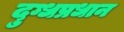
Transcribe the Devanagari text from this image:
दुग्धप्रधान